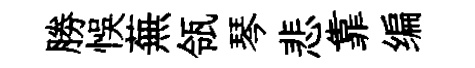
勝悞蕪瓴琴悲靠编